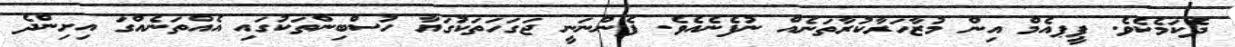
ދެކަމެކެވެ. ޕީޕއެމް އިން މުޒާހަރާކުރާތަނެއް ނުފެނެއެވެ. ފެންނަނީ ޖަގަހަތަކުގަޔާ ހުސްބިންތަކުގައި އެއްތަނެއްގަ އިށިންދެ